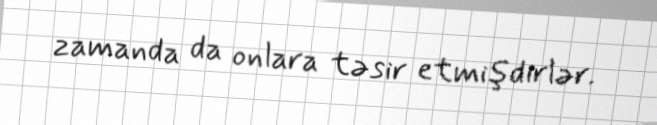
zamanda da onlara təsir etmişdirlər.